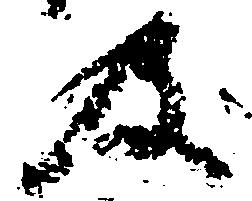
及